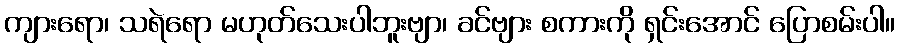
ကျားရော၊ သရဲရော မဟုတ်သေးပါဘူးဗျာ၊ ခင်ဗျား စကားကို ရှင်းအောင် ပြောစမ်းပါ။